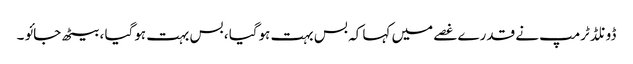
ڈونلڈ ٹرمپ نے قدرے غصے میں کہا کہ بس بہت ہوگیا ، بس بہت ہوگیا ، بیٹھ جائو ۔